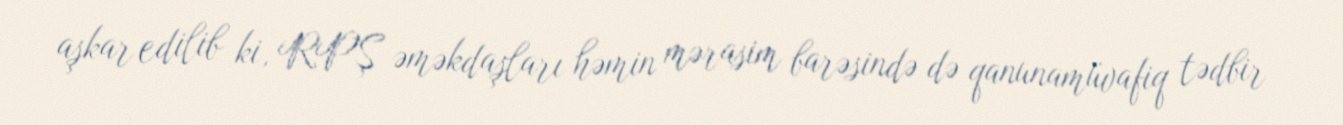
aşkar edilib ki, RPŞ əməkdaşları həmin mərasim barəsində də qanunamüvafiq tədbir